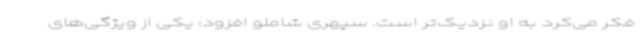
فکر می‌کرد به او نزدیک‌تر است. سپهری شاملو افزود: یکی از ویژگی‌های